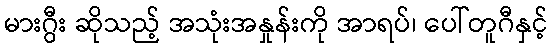
မားဂွီး ဆိုသည့် အသုံးအနှုန်းကို အာရပ်၊ ပေါ်တူဂီနှင့်